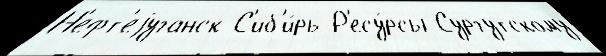
Н'ефт'еjуганск С'иб'и́рь Р'есу́рсы Сургутскому